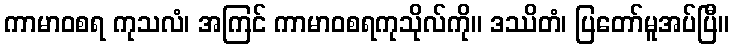
ကာမာဝစရ ကုသလံ၊ အကြင် ကာမာဝစရကုသိုလ်ကို။ ဒဿိတံ၊ ပြတော်မူအပ်ပြီ။